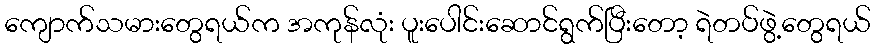
ကျောက်သမားတွေရယ်က အကုန်လုံး ပူးပေါင်းဆောင်ရွက်ပြီးတော့ ရဲတပ်ဖွဲ့တွေရယ်